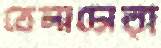
তেলাচোরা